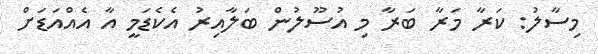
މިސާލު: ކަރާ މަރާ ބަރާ މި އުސޫލުން ބަލާއިރު އެކެޑަމީ އާ އެއްއަޑަށް